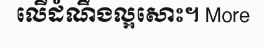
លើដំណឹងល្អសោះ។ More